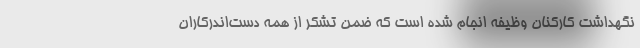
نگهداشت کارکنان وظیفه انجام شده است که ضمن تشکر از همه دست‌اندرکاران